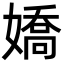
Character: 嬌